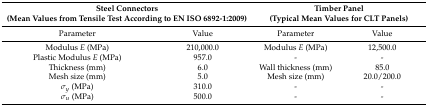
<table><thead><tr><td colspan="2"><b>Steel Connectors(Mean Values from Tensile Test According to EN ISO 6892-1:2009)</b></td><td colspan="2"><b>Timber Panel(Typical Mean Values for CLT Panels)</b></td></tr></thead><tbody><tr><td>Parameter </td><td>Value</td><td>Parameter </td><td>Value</td></tr><tr><td>Modulus <i>E</i> (MPa)</td><td>210,000.0</td><td>Modulus <i>E</i> (MPa)</td><td>12,500.0</td></tr><tr><td>Plastic Modulus <i>E</i> (MPa)</td><td>957.0</td><td>-</td><td>-</td></tr><tr><td>Thickness (mm)</td><td>6.0</td><td>Wall thickness (mm)</td><td>85.0</td></tr><tr><td>Mesh size (mm)</td><td>5.0</td><td>Mesh size (mm)</td><td>20.0/200.0</td></tr><tr><td><i>σ<sub>y</sub></i> (MPa)</td><td>310.0</td><td>-</td><td>-</td></tr><tr><td><i>σ<sub>u</sub></i> (MPa)</td><td>500.0</td><td>-</td><td>-</td></tr></tbody></table>